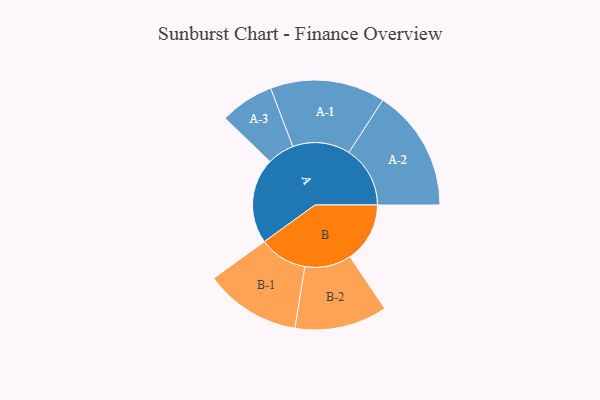
{"axis": {"x": "Segment", "y": "Value"}, "legend": ["", "A", "B"], "data": [{"x": "A", "y": 345, "type": ""}, {"x": "B", "y": 242, "type": ""}, {"x": "A-1", "y": 232, "type": "A"}, {"x": "A-2", "y": 247, "type": "A"}, {"x": "A-3", "y": 109, "type": "A"}, {"x": "B-1", "y": 194, "type": "B"}, {"x": "B-2", "y": 187, "type": "B"}]}